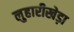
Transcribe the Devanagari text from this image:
लुहारीखेड़ा